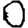
Digit: 0